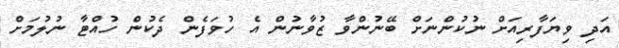
އަދި ވިޔަފާރިއަށް ނުކުންނަށް ބޭނުންވާ ޒުވާނުން އެ ހުވަފެން ދެކުން ހުއްޓާ ނުލުމަށް